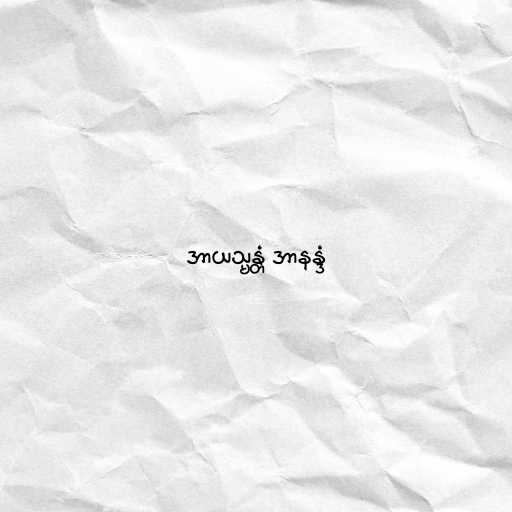
အာယသ္မန္တံ အာနန္ဒံ